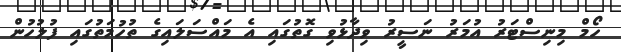
ހޯމް މިނިސްޓަރު އުމަރު ނަސީރު ވިދާޅުވި ގޮތުގައި އެ މައްސަލައިގެ ތުހުމަތުގައި ފުލުހުން